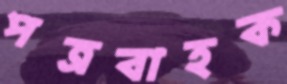
পত্রবাহক